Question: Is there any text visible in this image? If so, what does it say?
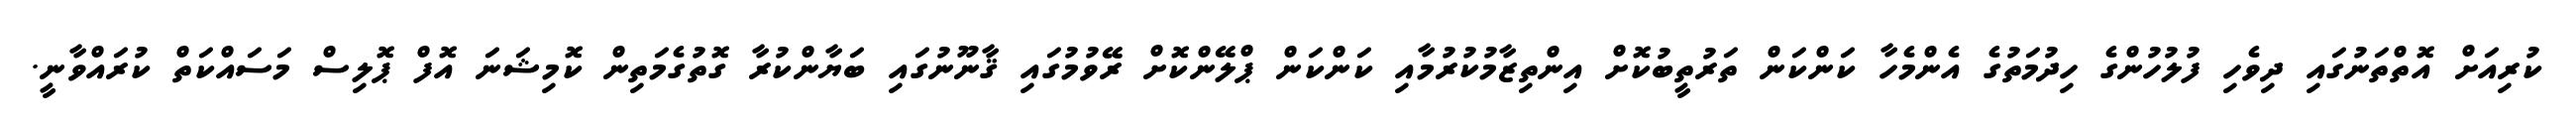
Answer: ކުރިއަށް އޮތްތަނުގައި ދިވެހި ފުލުހުންގެ ހިދުމަތުގެ އެންމެހާ ކަންކަން ތަރުތީބުކޮށް އިންތިޒާމުކުރުމާއި ކަންކަން ޕްލޭންކޮށް ރޭވުމުގައި ޤާނޫނުގައި ބަޔާންކުރާ ގޮތުގެމަތިން ކޮމިޝަނަ އޮފް ޕޮލިސް މަސައްކަތް ކުރައްވާނީ.